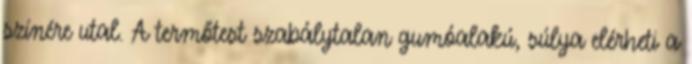
színére utal. A termőtest szabálytalan gumóalakú, súlya elérheti a